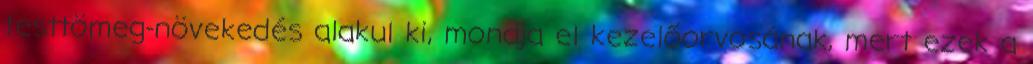
testtömeg-növekedés alakul ki, mondja el kezelőorvosának, mert ezek a